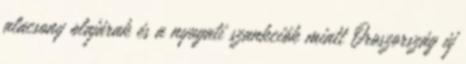
alacsony olajárak és a nyugati szankciók miatt Oroszország új